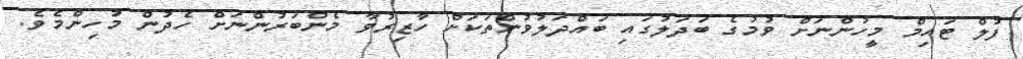
ފުލް ޓައިމް މީހުންނަށް ވުމުގެ ބަދަލުގައި ބައްދަލުވުންތަކަށް ހާޒިރުވާ މެންބަރުންނަށް ހެދުން މުހިންމެވެ.